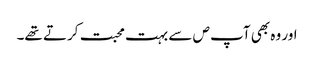
اور وہ بھی آپ ص سے بہت محبت کرتے تھے۔